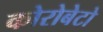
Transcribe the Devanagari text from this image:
कोरोबेटो